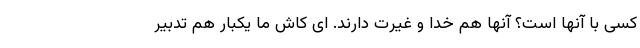
کسی با آنها است؟ آنها هم خدا و غیرت دارند. ای کاش ما یکبار هم تدبیر